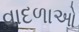
વાદળાઓ